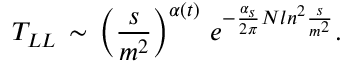
T _ { L L } \, \sim \, \left( \frac { s } { m ^ { 2 } } \right) ^ { \alpha ( t ) } \, e ^ { - \frac { \alpha _ { s } } { 2 \pi } N l n ^ { 2 } \frac { s } { m ^ { 2 } } } .